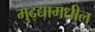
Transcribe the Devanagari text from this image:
मुद्द्यामधील